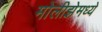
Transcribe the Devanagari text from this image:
मोलीझेमध्ये